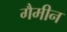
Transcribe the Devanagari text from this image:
गैमीन